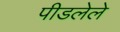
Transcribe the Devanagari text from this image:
पीडलेले